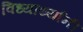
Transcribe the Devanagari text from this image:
विध्यार्थ्यानी